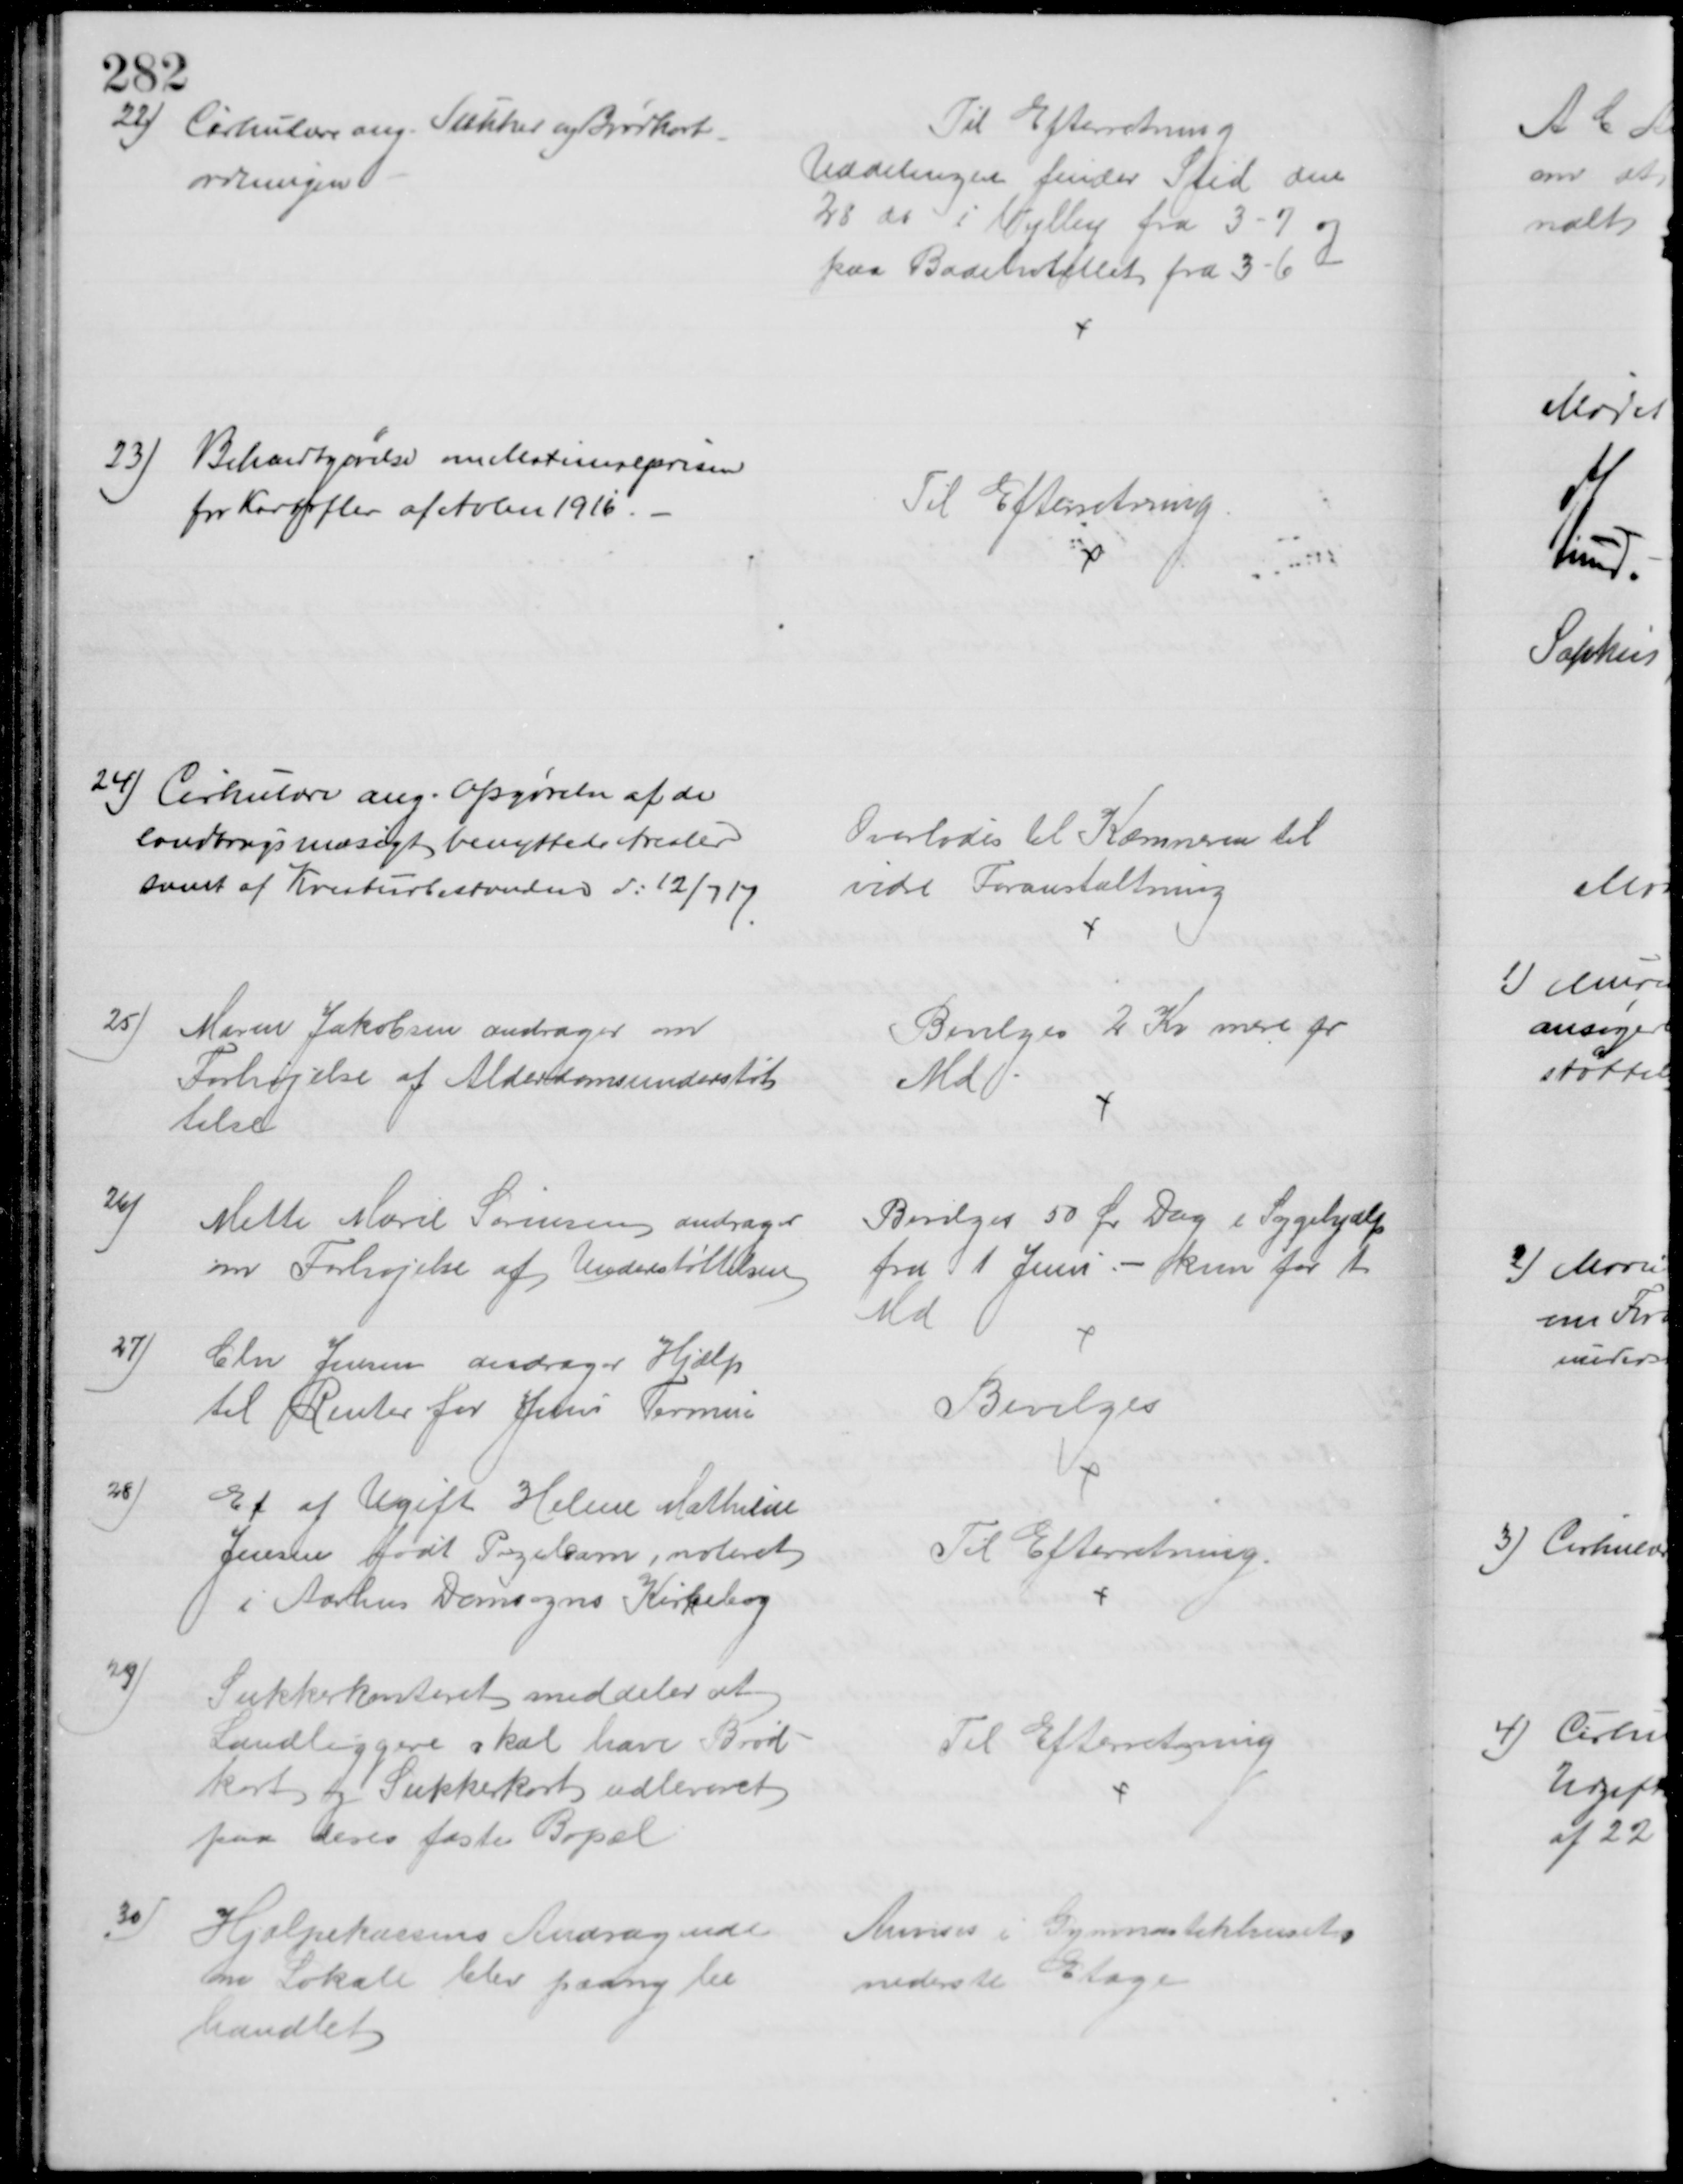
Transskription:
22) Cirkulære ang. Sukker og Brødkort-
ordningen
Til Efterretning
Uddelingen finder Sted den
28 ds i Vejlby fra 3 - 7 og
paa Badehotellet fra 3 - 6
23) Bekendtgørelse om Maximalprisen
for Kartofler af Avlen 1916.
Til Efterretning
24) Cirkulære ang. Opgørelse af de
landbrugsmæsigt benyttede Arealer
samt af Kreaturbestanden d: 12/7 17
Overlodes til Kæmneren til 
vidre Foranstaltning
25)
Maren Jakobsen andrager om
Forhøjelse af Alderdomsunderstøt
telse
Bevilges 2 Kr mere pr
Md
26)
Mette Marie Sørensen andrager
om Forhøjelse af Understøttelsen
Bevilges 50 Ør Dag i Sygehjælp
fra 1 Juni - kun for 1
Md
27)
Chr Jensen andrager Hjælp
til Renter for Juni Termin
Bevilges
28)
Et af Ugift Helene Mathilde
Jensen født Pigebarn, noteret
i Aarhus Domsogns Kirkebog
Til Efterretning.
29)
Sukkerkontoret meddeler at
Landliggere skal have Brød-
kort og Sukkerkort udleveret
paa deres faste Bopæl
Til Efterretning
30)
Hjælpekassens Andragende
om Lokale blev paany be
handlet
Anvises i Gymnastikhusets
nederste Etage